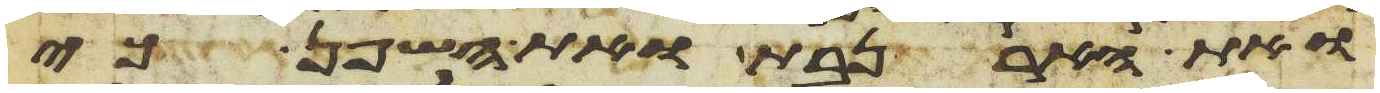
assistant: ואת הארנבת ואת השפן כי